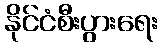
နိုင်ငံစီးပွားရေး